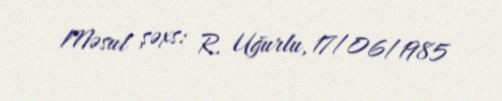
Məsul şəxs: R. Uğurlu, 17/06/1985